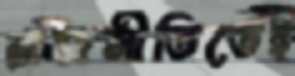
রাজনীতিতেই